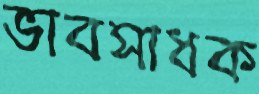
ভাবসাধক